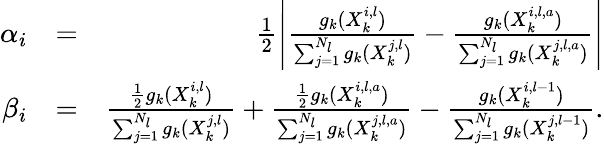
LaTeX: \begin{array}{rlr}{\alpha_{i}}&{=}&{\frac{1}{2}\Bigg|\frac{g_{k}(X_{k}^{i,l})}{\sum_{j=1}^{N_{l}}g_{k}(X_{k}^{j,l})}-\frac{g_{k}(X_{k}^{i,l,a})}{\sum_{j=1}^{N_{l}}g_{k}(X_{k}^{j,l,a})}\Bigg|}\\ {\beta_{i}}&{=}&{\frac{\frac{1}{2}g_{k}(X_{k}^{i,l})}{\sum_{j=1}^{N_{l}}g_{k}(X_{k}^{j,l})}+\frac{\frac{1}{2}g_{k}(X_{k}^{i,l,a})}{\sum_{j=1}^{N_{l}}g_{k}(X_{k}^{j,l,a})}-\frac{g_{k}(X_{k}^{i,l-1})}{\sum_{j=1}^{N_{l}}g_{k}(X_{k}^{j,l-1})}.}\end{array}